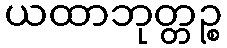
ယထာဘုတ္တဉ္စ